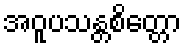
အဝူပသန္တစိတ္တော